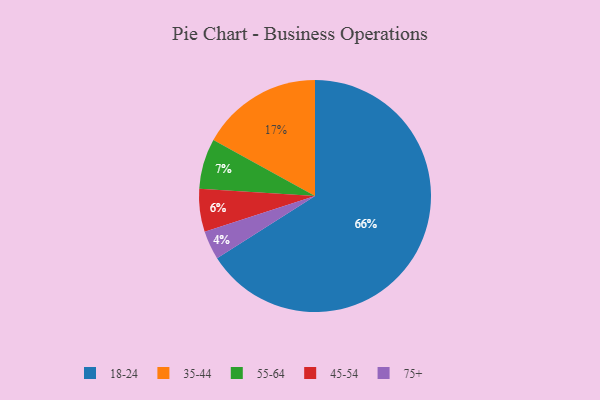
{"axis": {"x": "Category", "y": "Percentage"}, "legend": ["18-24", "35-44", "45-54", "55-64", "75+"], "data": [{"x": "45-54", "y": 6, "type": "45-54"}, {"x": "55-64", "y": 7, "type": "55-64"}, {"x": "18-24", "y": 66, "type": "18-24"}, {"x": "35-44", "y": 17, "type": "35-44"}, {"x": "75+", "y": 4, "type": "75+"}]}